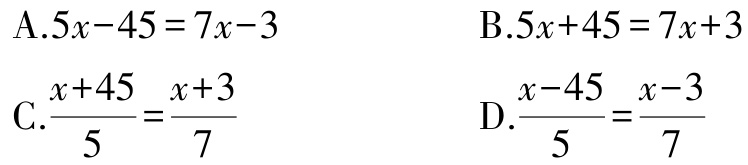
A.$5x - 45 = 7x - 3$

B.$5x + 45 = 7x + 3$

C.$\frac{x + 45}{5} = \frac{x + 3}{7}$

D.$\frac{x - 45}{5} = \frac{x - 3}{7}$